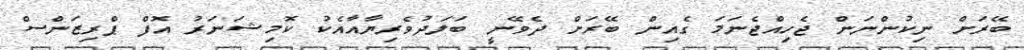
ބޭރަށް ނިކުންނަން ޖެހިއްޖެނަމަ ގެއިން ބޭރަށް ދެވޭނީ ބަލަދުވެރިޔާއާއެކު ކޮމިޝަނަރު އޮފް ޕްރިޒަންސް